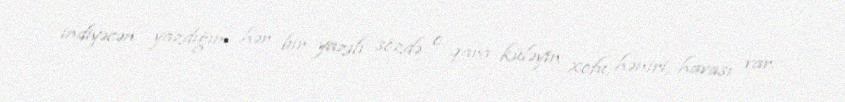
indiyəcən yazdığım hər bir yazılı sözdə o qara küləyin xofu, həniri, havası var.